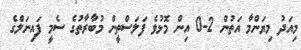
މިއަދު މިޔަންމާ އަތުން 2-0 އިން މޮޅުވެ ފަލަސްތީން މުބާރާތުގެ ސެމީ ފައިނަލްގެ